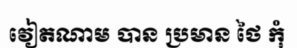
វៀតណាម បាន ប្រមាន ថៃ កុំ